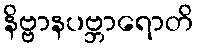
နိဗ္ဗာနပဗ္ဘာရောတိ